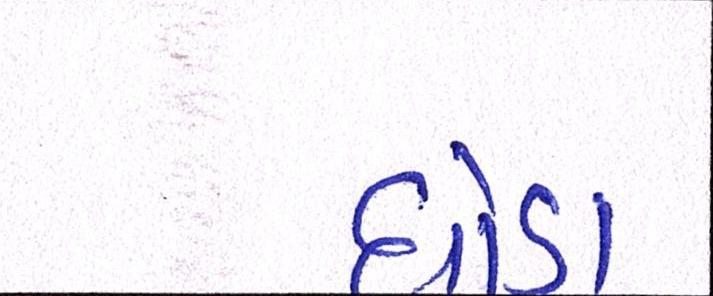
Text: ઘોડા